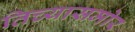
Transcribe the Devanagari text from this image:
तिच्यासमोर